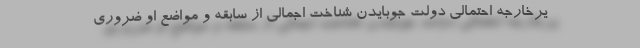
یرخارجه احتمالی دولت جوبایدن شناخت اجمالی از سابقه و مواضع او ضروری